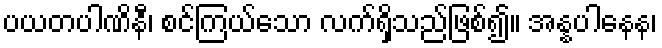
ပယတပါဏိနီ၊ စင်ကြယ်သော လက်ရှိသည်ဖြစ်၍။ အန္နပါနေန၊